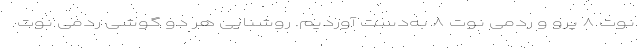
نوت ۸ پرو و ردمی نوت ۸ به‌دست آوردیم. روشنایی هر دو گوشی ردمی نوت